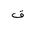
Letter: _qaf